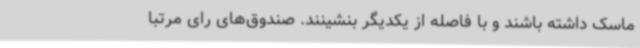
ماسک داشته باشند و با فاصله از یکدیگر بنشینند. صندوق‌های رای مرتبا